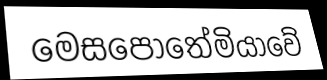
මෙසපොතේමියාවේ